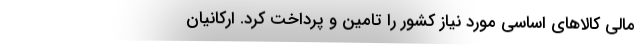
مالی کالاهای اساسی مورد نیاز کشور را تامین و پرداخت کرد. ارکانیان